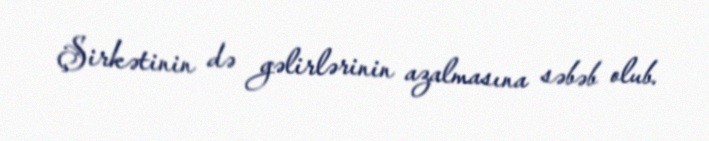
Şirkətinin də gəlirlərinin azalmasına səbəb olub.